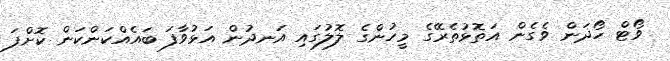
ވޯޓް ހޯދަން ވެގެން އަތޮޅުތެރޭގެ މީހުންގެ ލޮލުގައި އަނދުން އަޅުވާފަ ބައެއްކަންކަން ކޮށްފަ